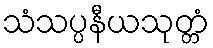
သံသပ္ပနီယသုတ္တံ